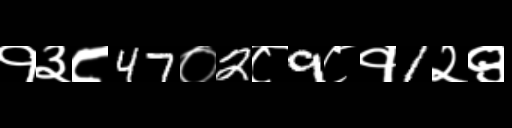
Text: १३८47०2८9८१1२९